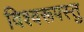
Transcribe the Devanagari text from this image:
विश्वरूपस्तु